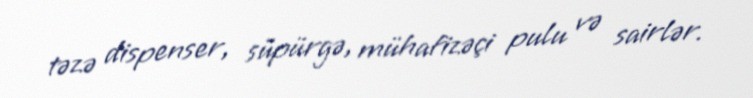
təzə dispenser, süpürgə, mühafizəçi pulu və sairlər.